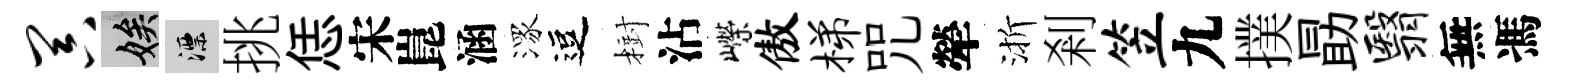
器娭漂挑恁宋崑涵潈逗𣗳沾嶸傲梯咒犖渐剎笠九撲勗翳無馮